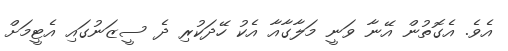
އެވެ. އެގޮތުން އޭނާ ވަނީ މަލާގާއާ އެކު ހޭދަކުރި ދެ ސީޒަނުގައި އެޓީމަށް